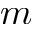
m